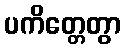
ပကိတ္တေတွာ